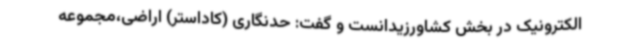
الکترونیک در بخش کشاورزیدانست و گفت: حدنگاری (کاداستر) اراضی،مجموعه